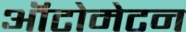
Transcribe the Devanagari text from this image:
ऑटोमेटन